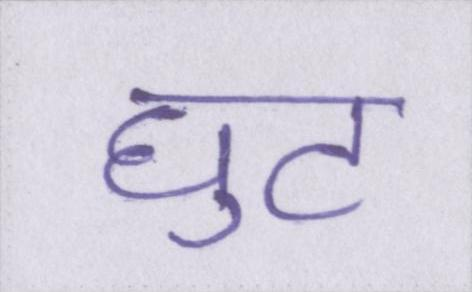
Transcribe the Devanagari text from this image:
घुट